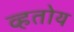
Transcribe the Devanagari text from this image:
व्हतोय